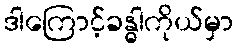
ဒါကြောင့်ခန္ဓါကိုယ်မှာ